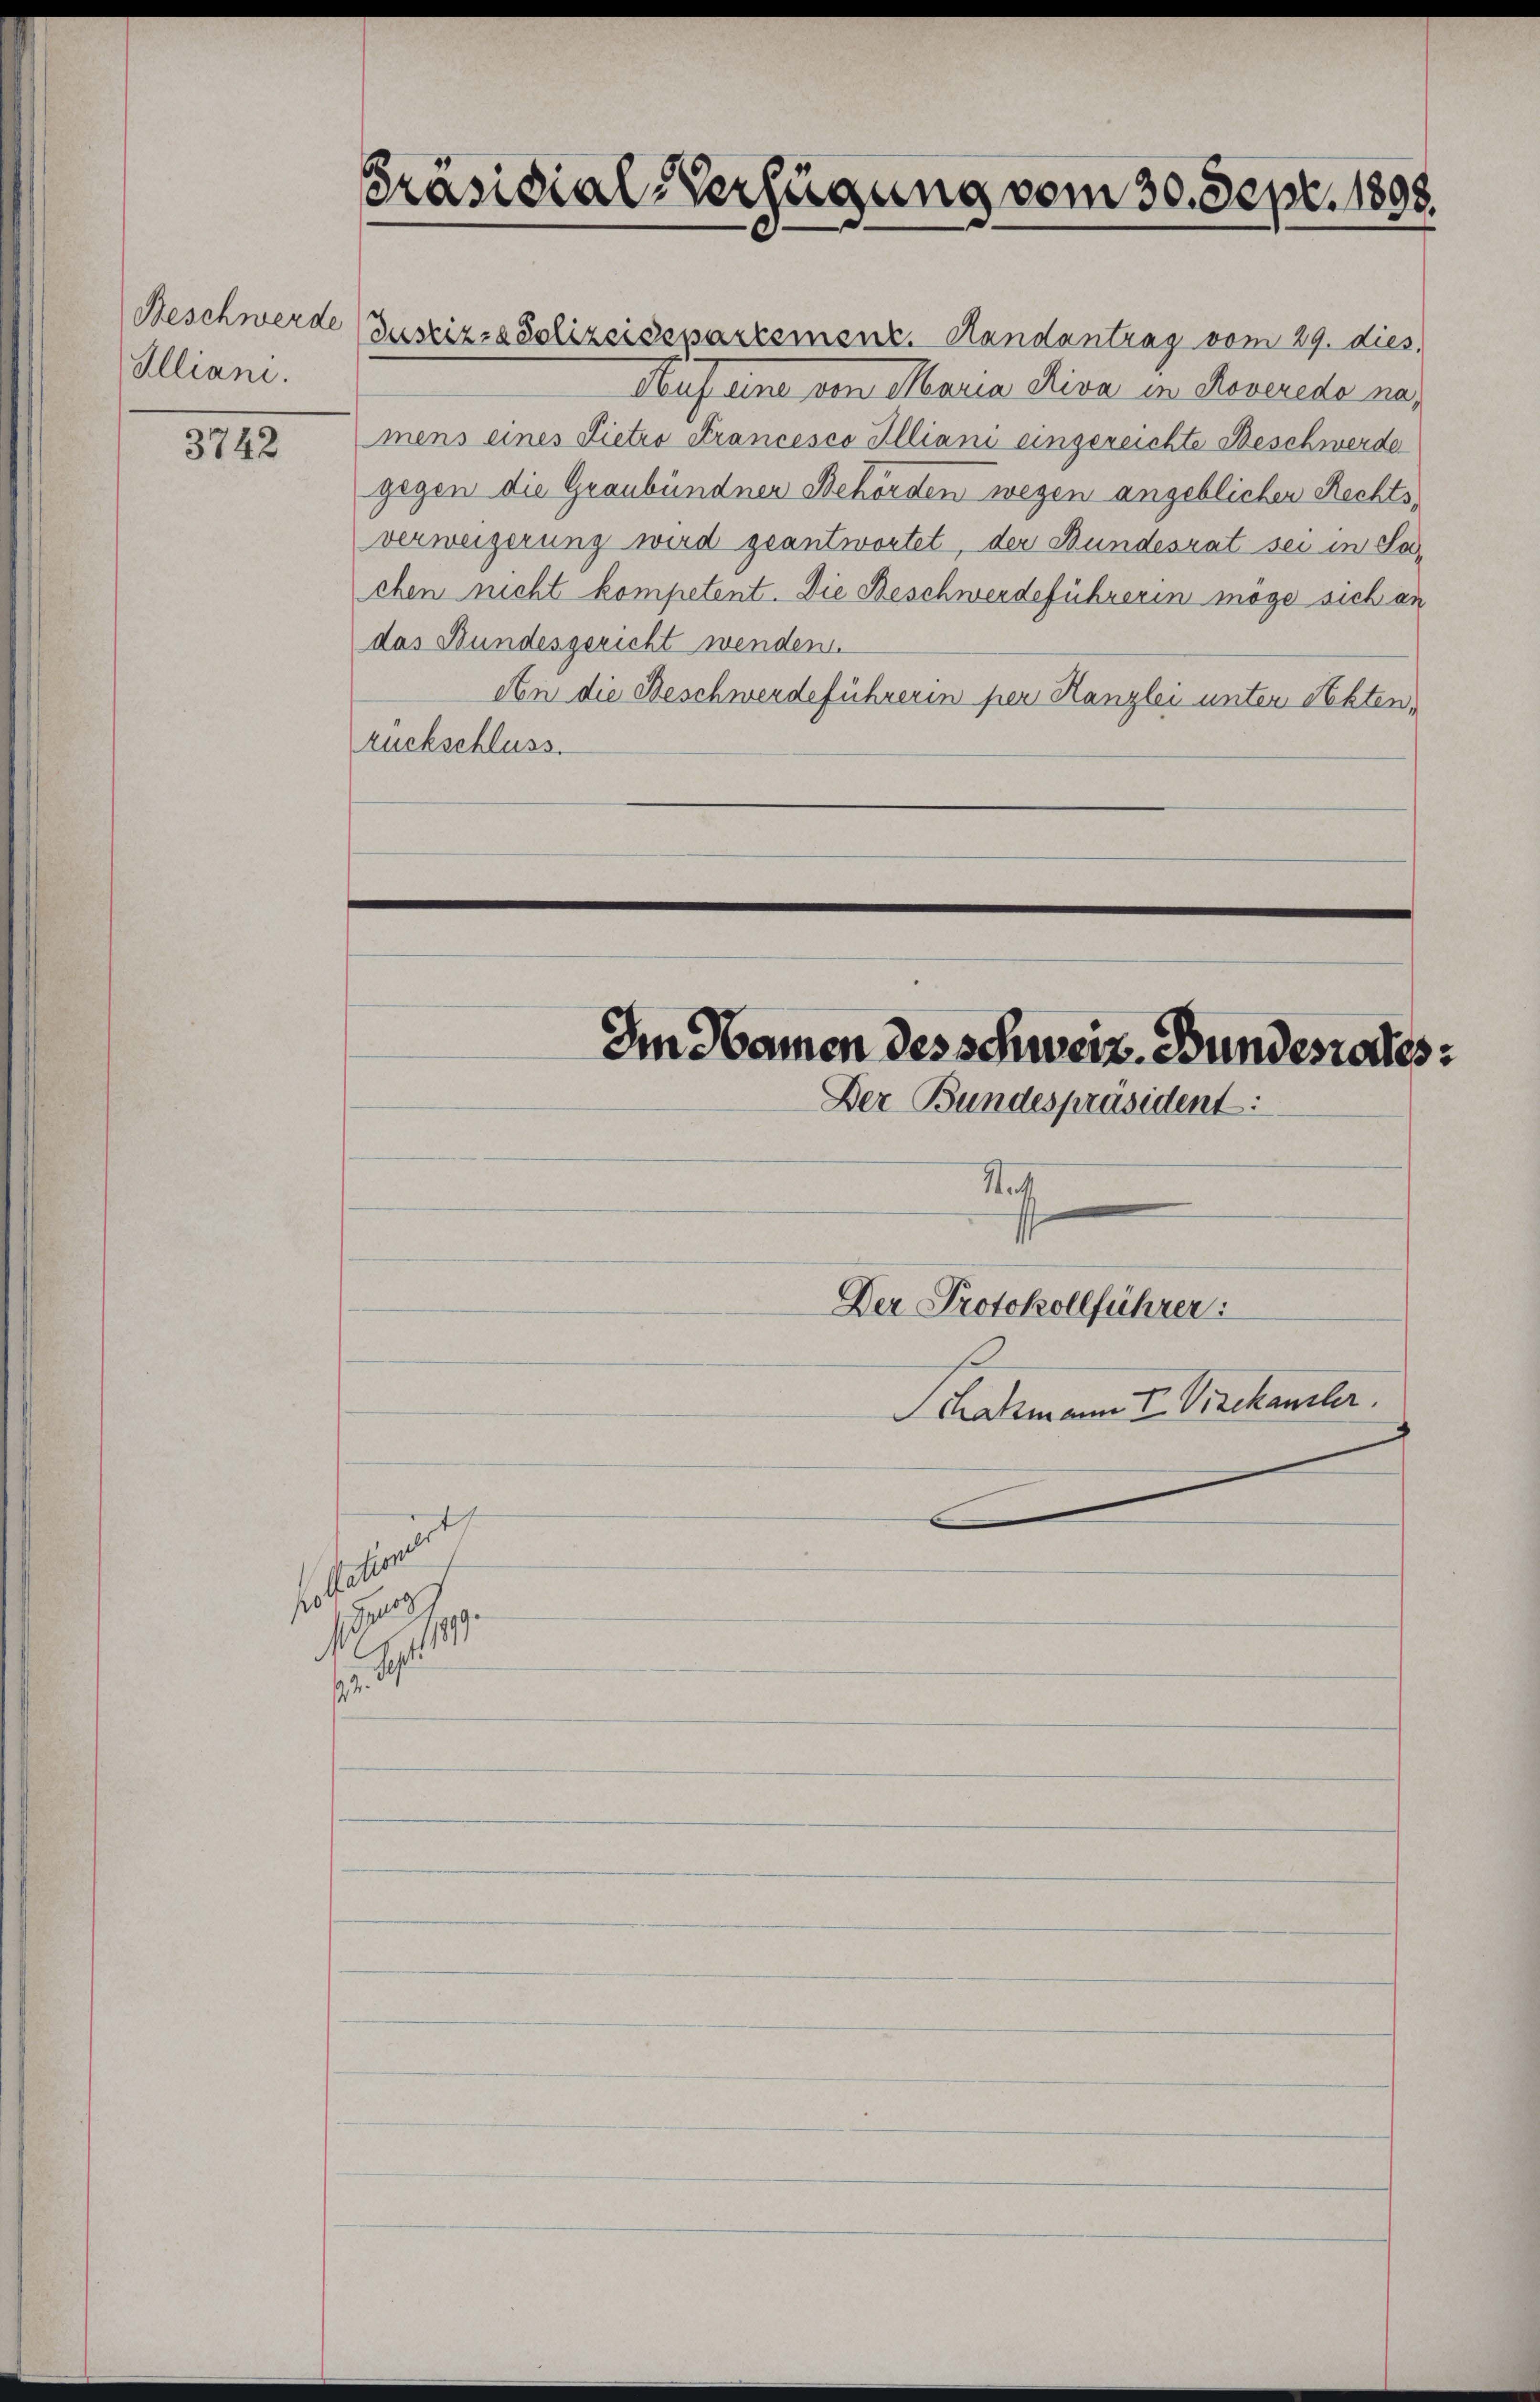
Illiani.

3742

Präsidial-Verfügung vom 30. Sept. 1898.

149.
.

Beschwerde Justiz- & Polizeisepartement. Randantrag vom 29. dies
Auf eine von Maria Riva in Roverede nac
mens eines Pietro Strancesco Illiani eingereichte Beschwerde
gegen die Graubündnen Behörden wegen angeblichen Rechtsverweigerung wird geantwortet, der Bundesrat sei in Sachen nicht kompetent. Die Beschwerdeführerin möge sich an
das Bundesgericht wenden.
An die Beschwerdeführerin per Kanzlei unter Sekten,
ruckschluss.

Im Namen des schweiz. Bundenates

Der Bundespräsident:
Stat
Der Protokollführer:
Schatzmann Fr. Vizekanzler.